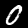
Digit: 0